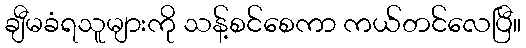
ချီမခံရသူများကို သန့်စင်စေကာ ကယ်တင်လေပြီ။